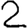
Digit: 2